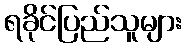
ရခိုင်ပြည်သူများ